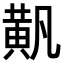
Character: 𬹐